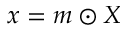
x = m \odot X